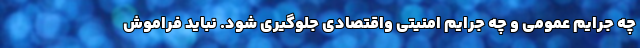
چه جرایم عمومی و چه جرایم امنیتی واقتصادی جلوگیری شود. نباید فراموش